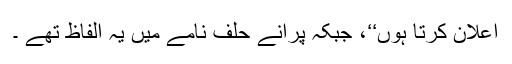
اعلان کرتا ہوں‘‘، جبکہ پرانے حلف نامے میں یہ الفاظ تھے ۔